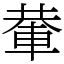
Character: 輂